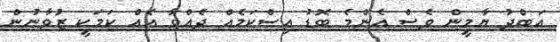
އަބްދު ޔާމީން ވެސް އެންމެ ބޮޑު އިސްކަމެއް ދެއްވާ އެއް ކަމަކީ ޒުވާނުން